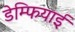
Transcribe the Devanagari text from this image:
डेम्फियाई